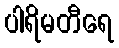
ပါရိမတီရေ